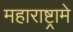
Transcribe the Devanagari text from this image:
महाराष्ट्रामे